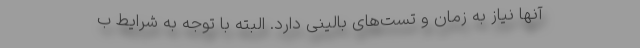
آنها نیاز به زمان و تست‌های بالینی دارد. البته با توجه به شرایط ب